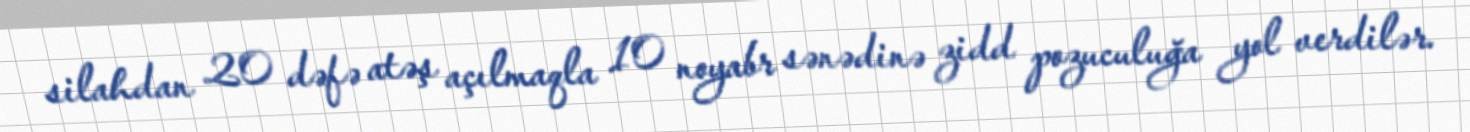
silahdan 20 dəfə atəş açılmaqla 10 noyabr sənədinə zidd pozuculuğa yol verdilər.